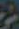
تر